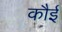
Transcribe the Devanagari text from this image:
कौई